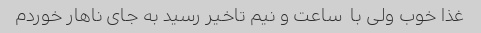
غذا خوب ولی با  ساعت و نیم تاخیر رسید به جای ناهار خوردم